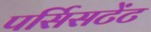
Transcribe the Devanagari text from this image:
पर्सिसटेंट